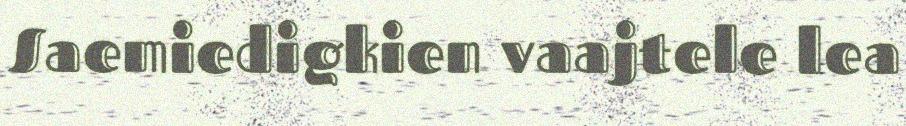
Saemiedigkien vaajtele lea